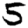
Digit: 5